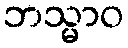
ဘသ္မာဝ